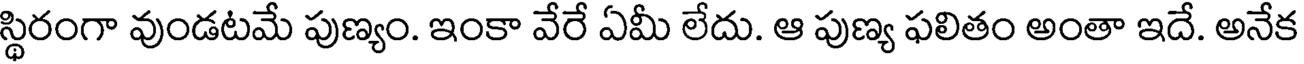
స్థిరంగా వుండటమే పుణ్యం. ఇంకా వేరే ఏమీ లేదు. ఆ పుణ్య ఫలితం అంతా ఇదే. అనేక